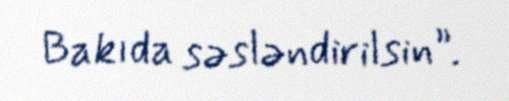
Bakıda səsləndirilsin”.